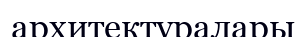
архитектуралары